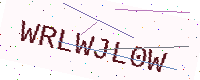
Text: WRLWJL0W